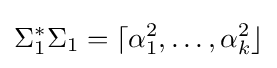
\Sigma _{1}^{*}\Sigma _{1}=\lceil \alpha _{1}^{2},\dots ,\alpha _{k}^{2}\rfloor